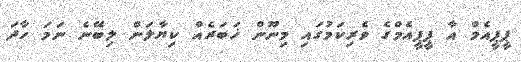
ޕީޕީއެމް އާ ޕީޕީއެމްގެ ވެރިކަމުގައި މިނޫން ޚަބަރެއް ކިޔާލަން ލިބޭނެ ނަމަ ހާދަ